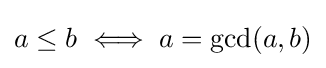
a\leq b\iff a=\gcd(a,b)